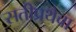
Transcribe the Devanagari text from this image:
सतीप्रथेचा